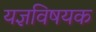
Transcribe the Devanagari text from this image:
यज्ञविषयक